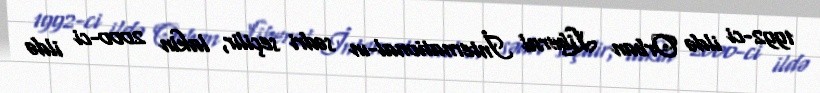
1992-ci ildə Orban Liberal İnternational-ın sədri seçilir, lakin 2000-ci ildə